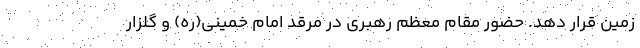
زمین قرار دهد. حضور مقام معظم رهبری در مرقد امام خمینی(ره) و گلزار